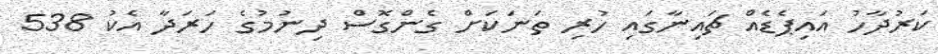
ކަރުދާހު އައިޕެޑެއް ޗައިނާގައި ހުރި ތަނަކަށް ގެންގޮސް ދިނުމުގެ ހަރަދާ އެކު 538